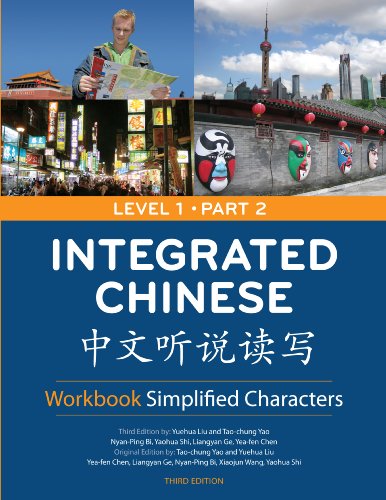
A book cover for Integrated Chinese: Level 1, Part 2 Workbook (Simplified Character) (Chinese Edition); Tao-Chung Yao; Reference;